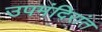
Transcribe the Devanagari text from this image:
उपमंदिरांत